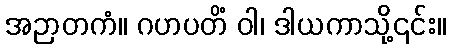
အဉာတကံ။ ဂဟပတိံ ဝါ၊ ဒါယကာသို့၎င်း။